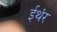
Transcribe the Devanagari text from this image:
ईथंर